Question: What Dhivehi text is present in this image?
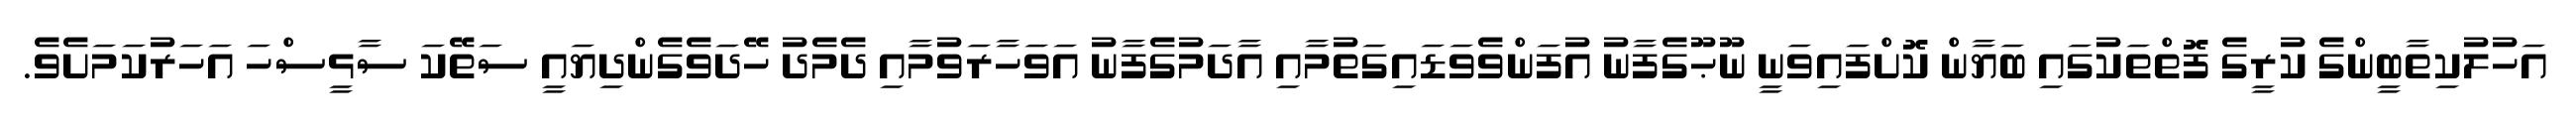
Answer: އަހުލުކިތާބީންގެ ކުރީގެ ފޮތްތަކުގައި ބަޔާން ކޮށްފައިވަނީ ނޫޙޫގެފާނު އުފަންވެވަޑައިގަތުމާއި އާދަމުގެފާނު އަވަހާރަވުމާއި ދެމެދު ހޭދަވެގެންދިޔައީ ސަތޭކަ ސާޅީސްހަ އަހަރުކަމަށެވެ.